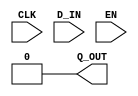
module RevertReg(CLK, Q_OUT, D_IN, EN);

   parameter width = 1;
   parameter init  = { width {1'b0} } ;

   input     CLK;
   input     EN;
   input [width - 1 : 0] D_IN;
   output [width - 1 : 0] Q_OUT;

   assign Q_OUT = init;
endmodule